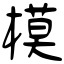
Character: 模